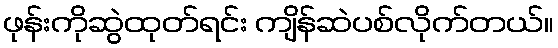
ဖုန်းကိုဆွဲထုတ်ရင်း ကျိန်ဆဲပစ်လိုက်တယ်။